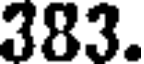
383.